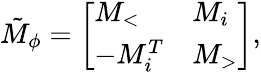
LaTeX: \begin{array}{r}{\tilde{M}_{\phi}=\left[\begin{array}{ll}{M_{<}}&{M_{i}}\\ {-M_{i}^{T}}&{M_{>}}\end{array}\right],}\end{array}